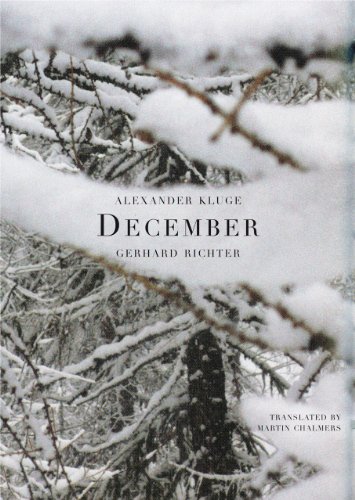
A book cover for December (Seagull Books - The German List); Alexander Kluge; Literature & Fiction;